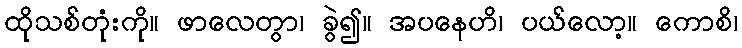
ထိုသစ်တုံးကို။ ဖာလေတွာ၊ ခွဲ၍။ အပနေဟိ၊ ပယ်လော့။ ကောစိ၊